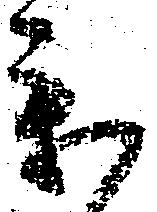
参